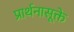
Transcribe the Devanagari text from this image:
प्रार्थनासूक्ते